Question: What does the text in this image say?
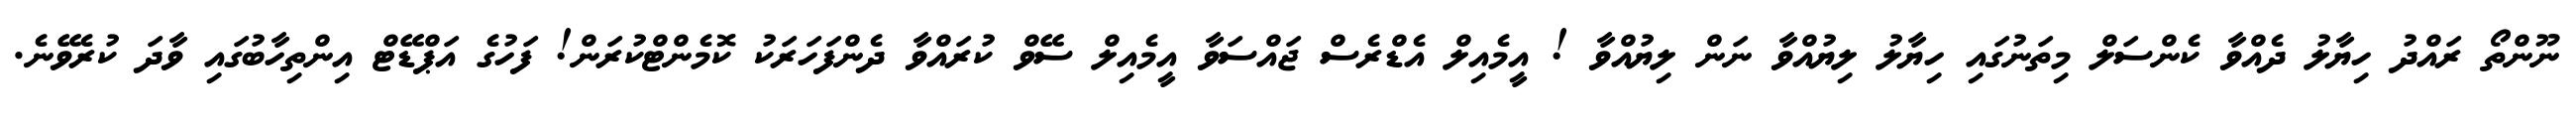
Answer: ނޫންތޯ ރައްދު ހިޔާލު ދެއްވާ ކެންސަލް މިތަނުގައި ހިޔާލު ލިޔުއްވާ ނަން ލިޔުއްވާ ! އީމެއިލް އެޑްރެސް ޖައްސަވާ އީމެއިލް ސޭވް ކުރައްވާ ދެންފަހަރަކު ކޮމެންޓްކުރަން! ފަހުގެ އަޕްޑޭޓް އިންތިހާބުގައި ވާދަ ކުރެވޭނެ.